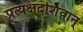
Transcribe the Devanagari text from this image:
प्रत्यक्षदर्शिवान्